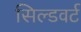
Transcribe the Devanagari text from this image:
सिल्डवर्ट